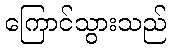
ကြောင်သွားသည်